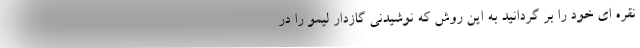
نقره ای خود را بر گردانید به این روش که نوشیدنی گازدار لیمو را در